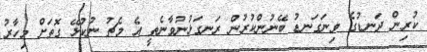
ކުރިން ދަނޑުގެ ވިނަގަނޑު ބޭނުންކުރުން ރަނގަޅުނުވާނެތީ އެ މެޗު ނުކުޅޭ ގޮތަށް މިހާރު